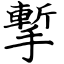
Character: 㨻